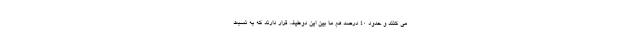
می کنند و حدود ۴۰ درصد هم ما بین این دوطیف قرار دارند که به نسبت